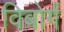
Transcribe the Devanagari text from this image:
विबोर्ग